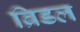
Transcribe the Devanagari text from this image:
ब्रिडल